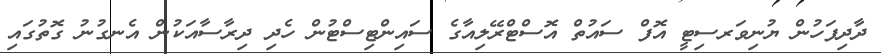
ދާދިފަހުން ޔުނިވަރސިޓީ އޮފް ސައުތް އޮސްޓްރޭލިއާގެ ސައިންޓިސްޓުން ހެދި ދިރާސާއަކުން އެނގުނު ގޮތުގައި